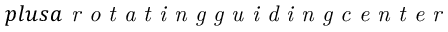
p l u s a \textit { r o t a t i n g g u i d i n g c e n t e r }